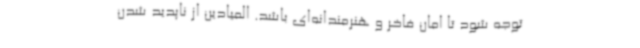
توجه شود تا امان فاخر و هنرمندانه‌ای باشد. المیادین از ناپدید شدن